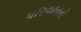
પરિવહનનો